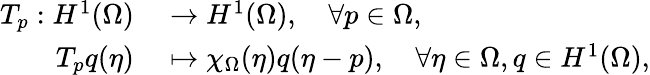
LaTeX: \begin{array}{rl}{T_{p}:H^{1}(\Omega)}&{{}\to H^{1}(\Omega),\quad\forall p\in\Omega,}\\ {T_{p}q(\eta)}&{{}\mapsto\chi_{\Omega}(\eta)q(\eta-p),\quad\forall\eta\in\Omega,q\in H^{1}(\Omega),}\end{array}